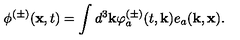
\phi ^ { ( \pm ) } ( { \bf x } , t ) = \int d ^ { 3 } { \bf k } \varphi _ { a } ^ { ( \pm ) } ( t , { \bf k } ) e _ { a } ( { \bf k } , { \bf x } ) .